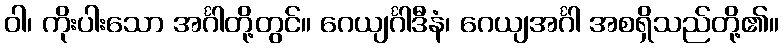
ဝါ၊ ကိုးပါးသော အင်္ဂါတို့တွင်။ ဂေယျင်္ဂါဒီနံ၊ ဂေယျအင်္ဂါ အစရှိသည်တို့၏။